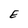
Character: E